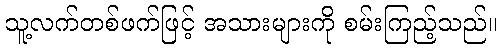
သူ့လက်တစ်ဖက်ဖြင့် အသားများကို စမ်းကြည့်သည်။